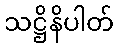
သဋ္ဌိနိပါတ်